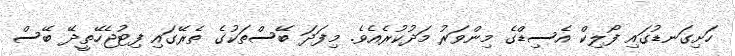
ހަށިގަނޑުގައި ފޯލިކް އެސިޑްގެ މިންވަރު މަދުކުރެއެވެ. މިފަދަ ބޭސްތަކުގެ ތެރޭގައި ފިޓުޖެހޭތީދޭ ބޭސް